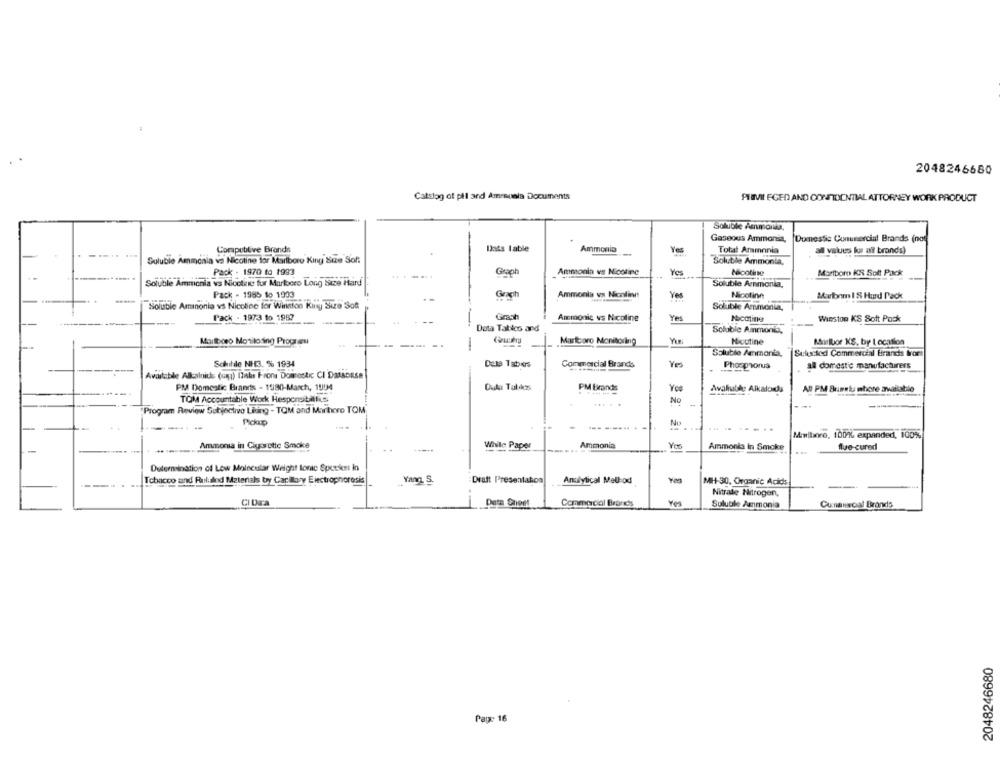
2048246680
Catslag of pil and Ammunia Documents
PHIMVII EGED AND CONFIDENTIAL ATTORNEY WORK PRODUCT
Soluble Ammorsa,
Gaseous Ammonia,
Domestic Conunercial Brands (not
Compublive Brands
lista lable
Ammonia
Yes
Totalt Ammonia
all values for at brands)
Soluble Ammonia va Nicotine tor Marlboro King Size Soft
Soluble Ammonia,
Pack - 1970 to 1993
...-...
Graph
Ammonia vs Nicotine
Yes
Nicotine
Marlboro KR Solt Pack
Soluble Ammonia vs Nicotine for Marloceo Long Sitze Hard
Solubile Ampmonia,
Pack - 1985 to 1993
Graph
Ammonia vs Nicolini
Yes
Nicotine
Marlonm I S Hurd Pack
Soluble Aminonia vs Nicotine for Winston King Size Sot
Soluble Ammonia,
Pack - 1973 to 1987
44
Grash
Ammonic vs Nicoline
Yes
Nicotine
Winston KS Soft Pack
Data Tables and
Soluble Ammonia,
Marlboro Montilosing Proces
Marttoro Monitoring
Noutine
Marlbor KS, by Location
Soluble Ammonia,
Sekstted Commercial Brands fort
Schille NH3. % 1934
Dule Tabios
Commercial Brands
Yes
Phosphorus
all domestic manufacturers
Available Alkaloids (ci) Ilabs Frons Domestic CI Database
PM Domestic Brands - 1980-March, 1994
PM Brands
Avahalde Alkaloids
AD PM Bumeta whore available
TOM Accountable Work Hesporsibitlis
No
Program Review Subjective Liking - TOM and Marhore TOM
-------
--
Mallare, 100% expanded, 100%
Ammonia in Cigarette Smoke
. .
While Paper
Ammonia
Yes
Ammonia in Smoke
flue-cured
Determination of Low Molecular Weight lone Spreken in
Tobacco and Ruluzind Materials by Carlosy Electrophoresis
Yang. S.
Draft Presentahos
Analytical Mell-ox
MH-30, Organic Acids
Nitrate Nitrogen,
CI Dara
Data Sheet
Commercial Braness
Sulubile Ammonia
Cunaescal Brands
2048246680
Page 16